Report on vaccination North-West Frontier Province 1904-1922 - 1904-1922
Year: 1904
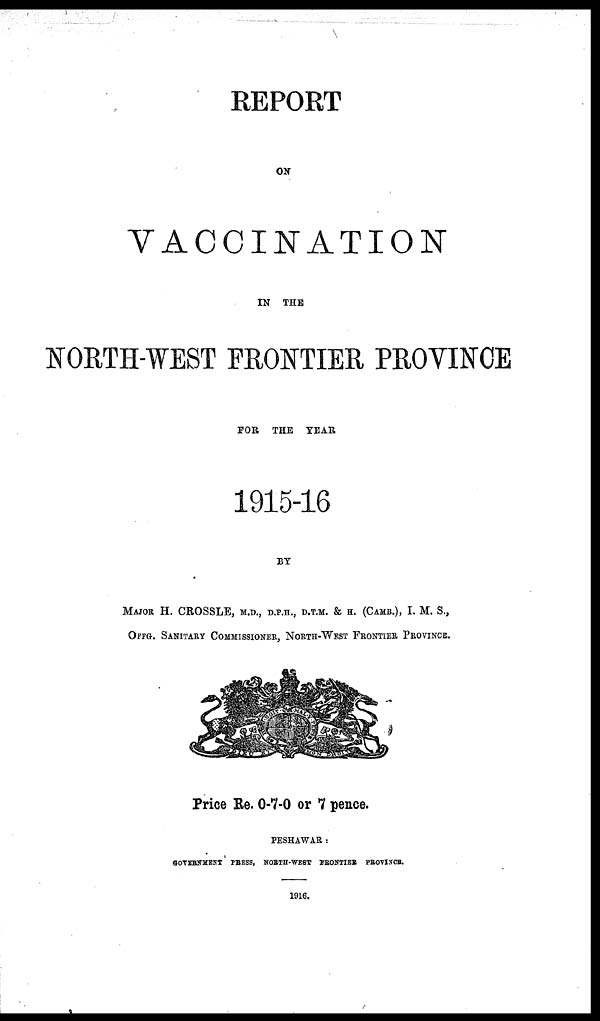
REPORT
ON
VACCINATION
IN THE
NORTH-WEST FRONTIER PROVINCE
FOR THE YEAR
1915-16
BY
MAJOR H. CROSSLE, M.D., D.P.H., D.T.M. & H. (CAMB.), I. M. S.,
OFFG. SANITARY COMMISSIONER, NORTH-WEST FRONTIER PROVINCE.
Price Re. 0-7-0 or 7 pence.
PESHAWAR :
GOVERNMENT PRESS, NORTH-WEST FRONTIER PROVINCE.
1916.